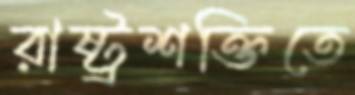
রাষ্ট্রশক্তিতে